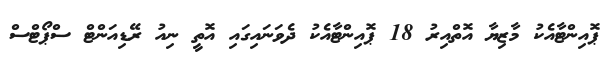
ޕޮއިންޓާއެކު މާޒިޔާ އޮތްއިރު 18 ޕޮއިންޓާއެކު ދެވަނައިގައި އޮތީ ނިއު ރޭޑިއަންޓް ސްޕޯޓްސް